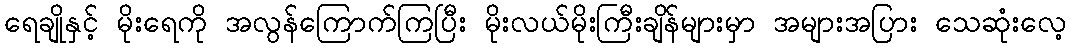
ရေချိုနှင့် မိုးရေကို အလွန်ကြောက်ကြပြီး မိုးလယ်မိုးကြီးချိန်များမှာ အများအပြား သေဆုံးလေ့